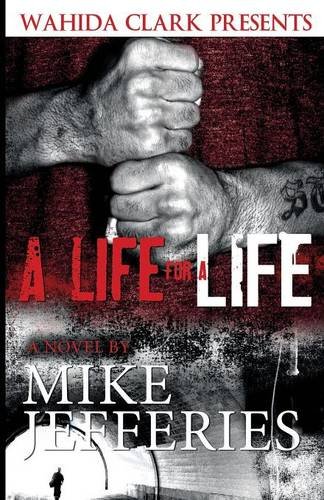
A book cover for A Life for A Life (Wahida Clark Presents Publishing) (Statement in Literature); Mike Jefferies; Mystery, Thriller & Suspense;